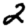
Digit: 2